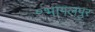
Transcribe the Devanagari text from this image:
॰भागलपुर